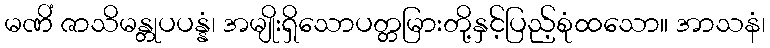
မဏိံ ဇာသိမန္တုပပန္နံ၊ အမျိုးရှိသောပတ္တမြားတို့နှင့်ပြည့်စုံထသော။ အာသနံ၊